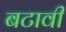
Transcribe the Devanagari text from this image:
बटावी